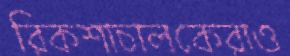
রিকশাচালকেরাও